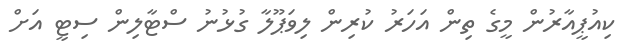
ކިއުޕީއާރުން މީގެ ތިން އަހަރު ކުރިން ލިވަޕޫލާ ގުޅުނު ސްޓާލިން ސިޓީ އަށް